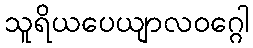
သူရိယပေယျာလဝဂ္ဂေါ